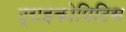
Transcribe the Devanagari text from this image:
ट्राइकोपिटिस